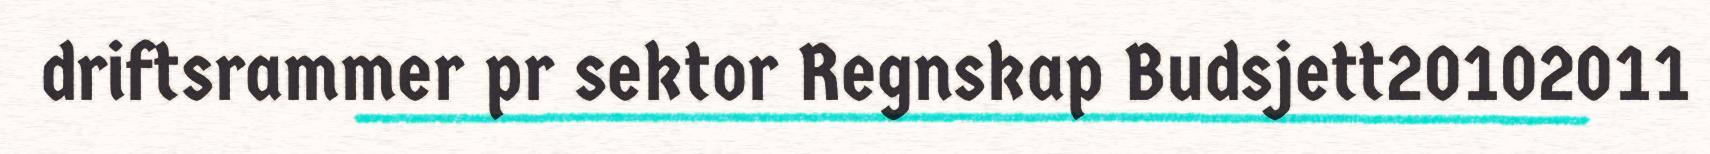
driftsrammer pr sektor Regnskap Budsjett20102011